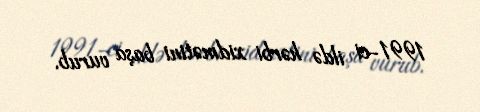
1991-ci ildə hərbi xidmətini başa vurub.